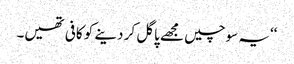
‘‘یہ سوچیں مجھے پاگل کر دینے کو کافی تھیں۔